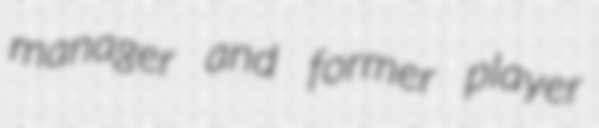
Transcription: manager and former player